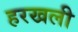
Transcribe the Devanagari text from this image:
हरखली